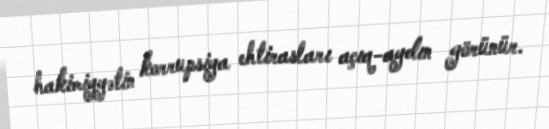
hakimiyyətin korrupsiya ehtirasları açıq-aydın görünür.